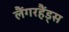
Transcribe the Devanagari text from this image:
लैंगरहैंड्स